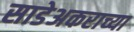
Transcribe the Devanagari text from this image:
साडेअकराच्या